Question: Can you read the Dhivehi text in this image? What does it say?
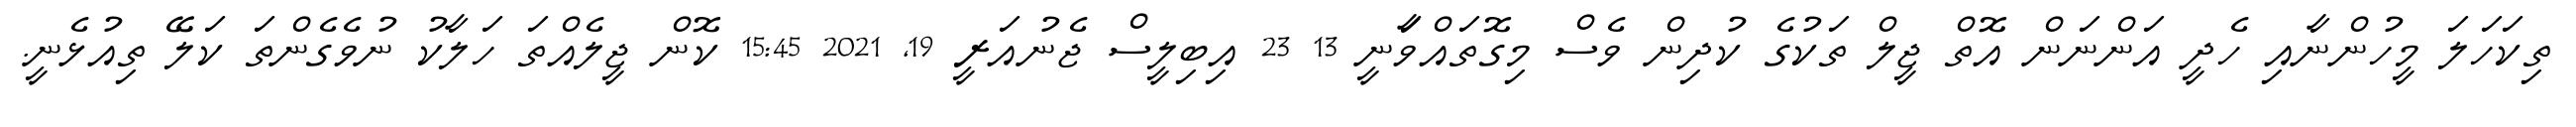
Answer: ތިކަހަލަ މީހުންނާއި ހެދީ އަންނަން އޮތް ޖީލް ތަކުގެ ކުދިން ވެސް މިގޮތައްވަާނީ 13 23 އިބިލީސް ޖެނުއަރީ 19, 2021 15:45 ކޮން ޖީލެއްތަ ހަލާކު ނުވެގެންތަ ކަލޭ ތިއުޅެނީ.